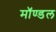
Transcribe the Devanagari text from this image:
मॉण्डल